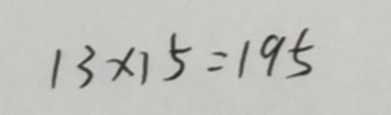
1 3 \times 1 5 = 1 9 5